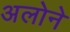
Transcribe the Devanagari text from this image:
अलोने